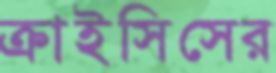
ক্রাইসিসের